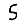
Digit: 5